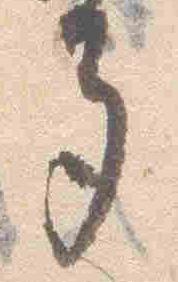
多